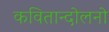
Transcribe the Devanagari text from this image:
कवितान्दोलनो